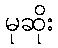
မုဆိုး